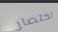
اختصار